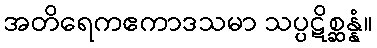
အတိရေကဧကာဒသမာ သပ္ပဋိစ္ဆန္နံ။